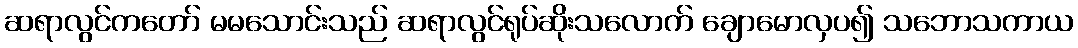
ဆရာလွင်ကတော် မမသောင်းသည် ဆရာလွင်ရုပ်ဆိုးသလောက် ချောမောလှပ၍ သဘောသကာယ